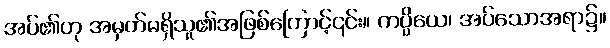
အပ်၏ဟု အမှတ်မရှိသူ၏အဖြစ်ကြောင့်၎င်း။ ကပ္ပိယေ၊ အပ်သောအရာ၌။